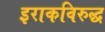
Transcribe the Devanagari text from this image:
इराकविरुद्ध